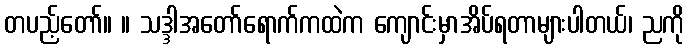
တပည့်တော်။ ။ သဒ္ဒါအတော်ရောက်ကထဲက ကျောင်းမှာအိပ်ရတာများပါတယ်၊ ညကို